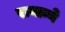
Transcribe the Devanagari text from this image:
रायान्ने